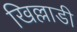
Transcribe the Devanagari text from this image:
खिल्लाडी